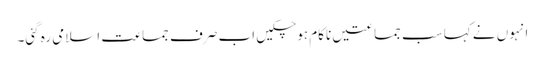
انہوں نے کہا سب جماعتیں ناکام ہو چکیں اب صرف جماعت اسلامی رہ گئی۔